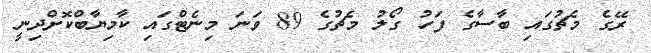
ރޭގެ މެޗުގައި ބާސާގެ ފަހު ގޯލު މެޗުގެ 89 ވަނަ މިނެޓްގައި ކާމިޔާބްކޮށްދިނީ